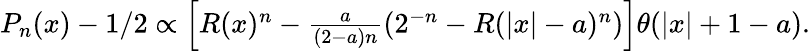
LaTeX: \begin{array}{r}{P_{n}(x)-1/2\propto\left[R(x)^{n}-\frac{a}{(2-a)n}\left(2^{-n}-R(|x|-a)^{n}\right)\right]\theta(|x|+1-a).}\end{array}